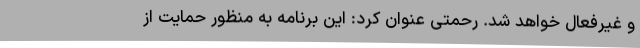
و غیرفعال خواهد شد. رحمتی عنوان کرد: این برنامه به منظور حمایت از